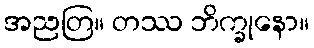
အညတြ။ တဿ ဘိက္ခုနော။